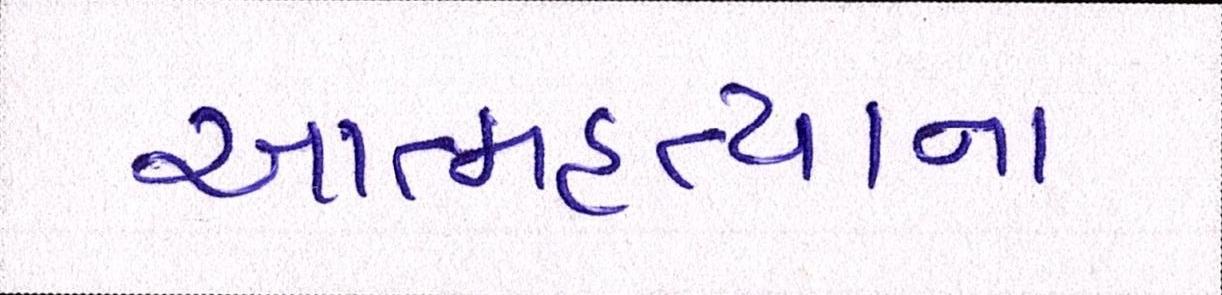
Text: આત્મહત્યાના